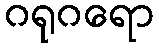
ဂရုဂရော